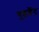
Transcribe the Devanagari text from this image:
गुइडैंट